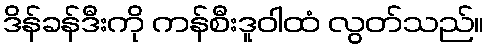
ဒိန်ခန်ဒီးကို ကန်စီးဒူဝါထံ လွတ်သည်။